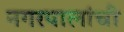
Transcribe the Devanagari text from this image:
नगरपालांची